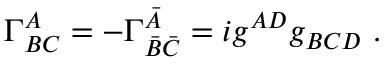
\Gamma _ { B C } ^ { A } = - \Gamma _ { \bar { B } \bar { C } } ^ { \bar { A } } = i g ^ { A D } g _ { B C D } \ .